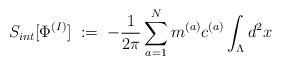
\begin{align*}S_{int} [ \Phi^{(I)} ] \; := \;- \frac{1}{2\pi} \sum_{a=1}^N m^{(a)} c^{(a)} \int_{\Lambda} d^2 x \;\end{align*}